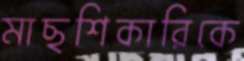
মাছশিকারিকে